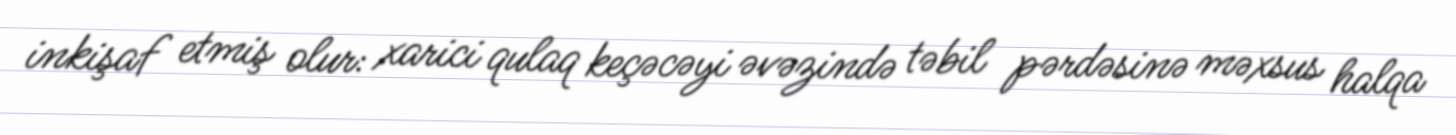
inkişaf etmiş olur: xarici qulaq keçəcəyi əvəzində təbil pərdəsinə məxsus halqa